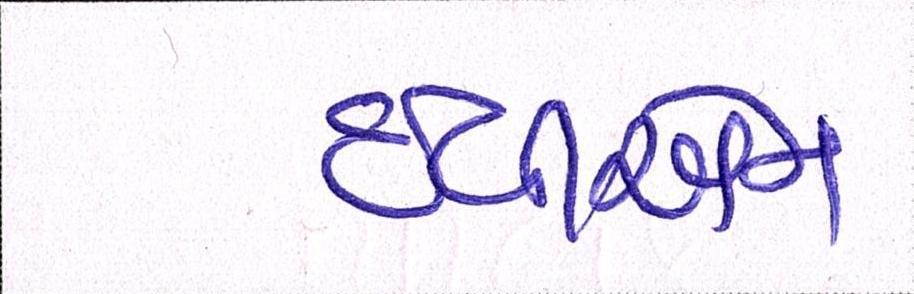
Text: ઇવીએમ